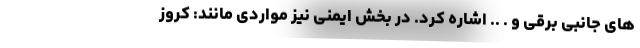
های جانبی برقی و . .. اشاره کرد. در بخش ایمنی نیز مواردی مانند: کروز